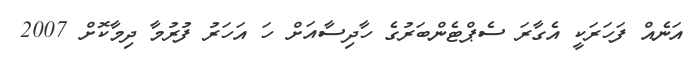
އަނެއް ފަހަރަކީ އެގާރަ ސެޕްޓެންބަރުގެ ހާދިސާއަށް ހަ އަހަރު ފުރުމާ ދިމާކޮށް 2007